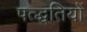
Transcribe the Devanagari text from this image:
पत्द्धतियों